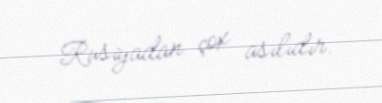
Rusiyadan çox asılıdır.